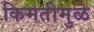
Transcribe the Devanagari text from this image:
किमतीमुळे